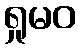
ရှုမဝ